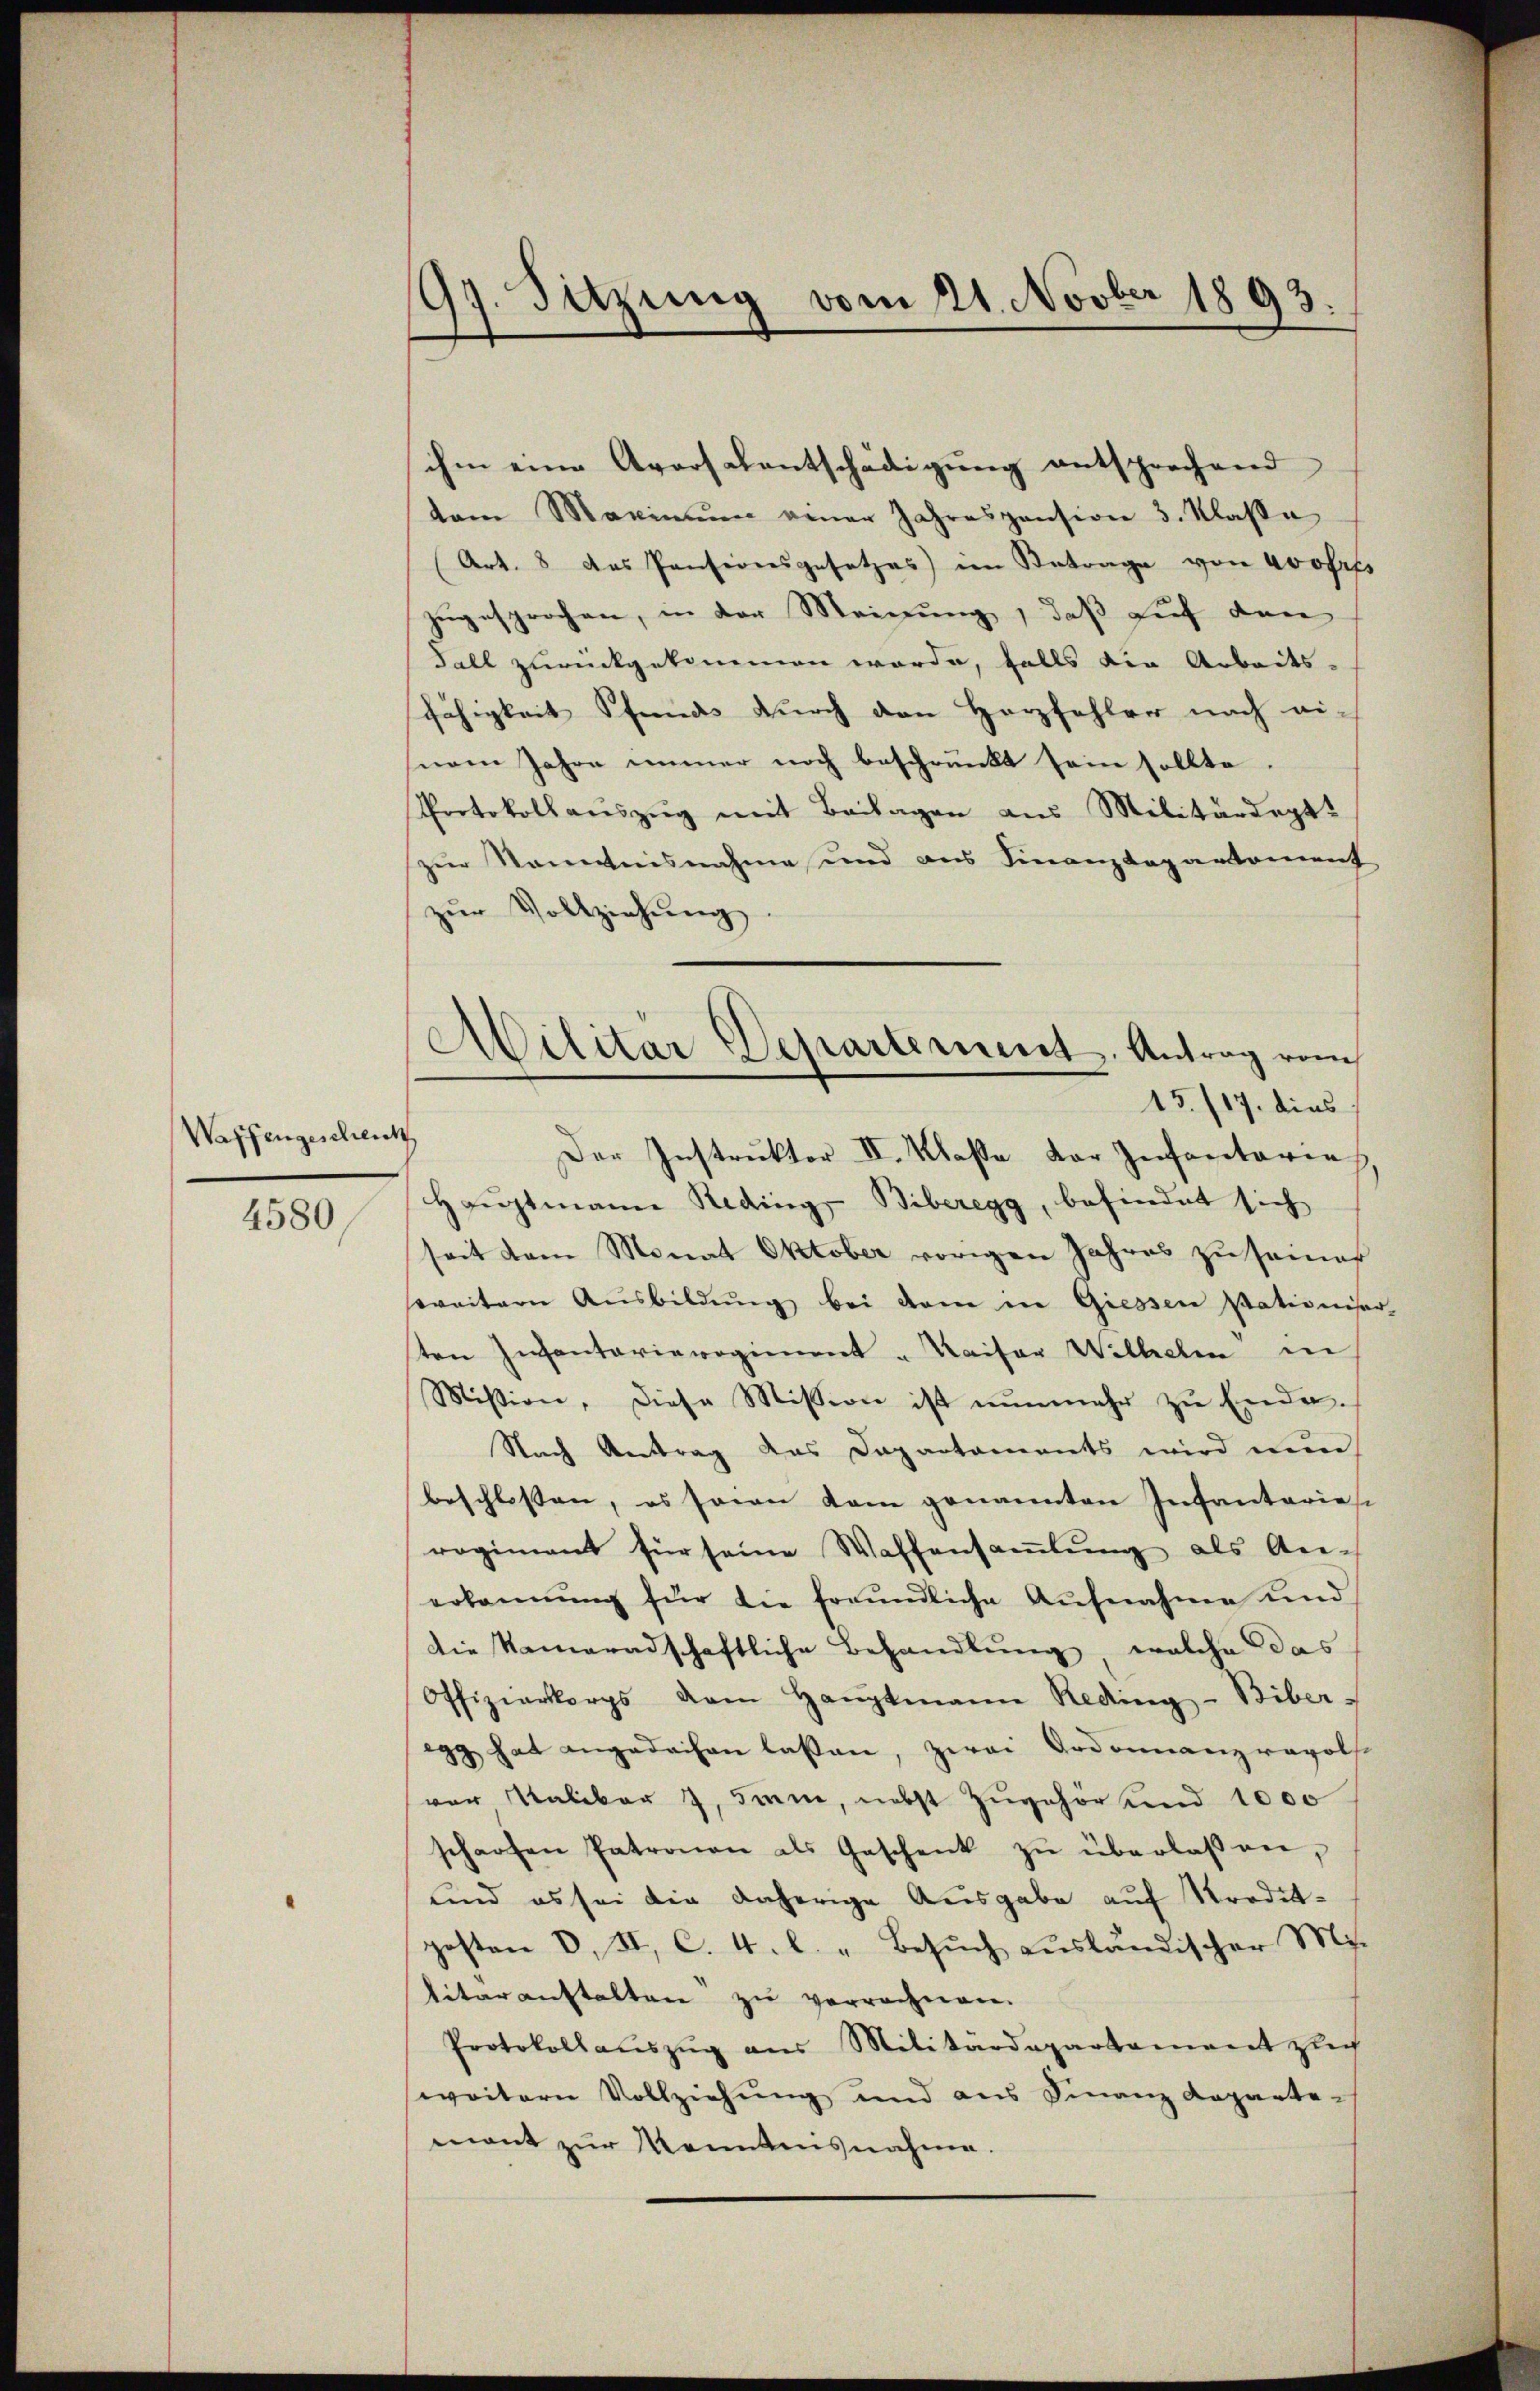
Waffengeschenk
4580

197. Sitzung vom 21. Novber 1893.

tem Maximŭm gener Jahrespension 3. Klasse
(Art. 8 das Pensionsgesetzes im Betrage von 400frfs
zugesprochen, in der Meinung, daß auf den
Fall zurückgekommen worde, falls die Arbeits-
fähigkeit Pfands durch den Herzfehler nach ei-
nem Jahre immer noch beschränkt sein sollte.
Protokollauszug mit Beilagen aus Militärdeptzur Kenntnisnahme und aus Finanzdepartement
zŭr Vollziehŭng.
Der Instruktor II. Klaße der Infantarers,
Hauptmann Reding, Biberegg, befindet sich
seit dem Monat Oktober vorigen Jahres zu seiner
weitern Aŭsbildŭng bei dem in Giessen Nationiser-
ten Inventarieregiment Kaiser Wilhelm in
Mision, diese Mission ist nunmehr zu Ende.
Nach Antrag des Dapartaments wird nun
beschlossen, es sein kam genannten Infantariese
regiment für seine Waffensaṁlŭng als An-
erkannŭng für die frrŭndliche Aŭfnahme und
die Kameradschaftliche Behandlung, welche das
Offizierkorps dem Haŭptmann Reding-Biber-
gg hat angedachen lassen, zwei Ordonnanzravol-
vor Kaliber 7, Imin, nebst zugehör und 1000
scharfen Patronen als Geschenk zŭ überlaßen,
und es sei die daherige Ausgabe auf Kredit-
gesten d. II, C. 4. l. " Besuch ausländischer Mi
litarauftalten zu verrechnen.
Protokollaŭszŭg aŭs Militärdepartament zu
weitern Vollziehŭng und aus Finanz Reparte-
mont zur Kenntnisnahme.

ihm eine Aversalentschädigung entsprochend

Militär-Departement. Antrag vom
15./17. dies